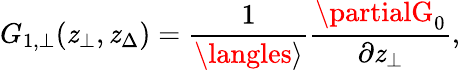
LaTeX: G_{1,\bot}(\mathit{z}_{\bot},\mathit{z}_{\Delta})=\frac{{1}}{{\langles\rangle}}\frac{{\partialG_{0}}}{{\partial\mathit{z}_{\bot}}},